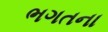
ભગતના